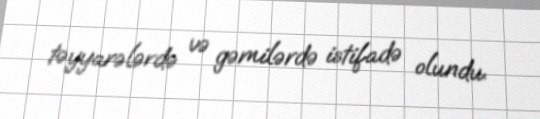
təyyarələrdə və gəmilərdə istifadə olundu.